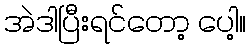
အဲဒါပြီးရင်တော့ ပေါ့။